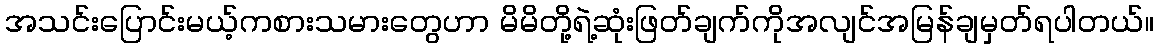
အသင်းပြောင်းမယ့်ကစားသမားတွေဟာ မိမိတို့ရဲ့ဆုံးဖြတ်ချက်ကိုအလျင်အမြန်ချမှတ်ရပါတယ်။